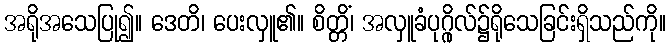
အရိုအသေပြု၍။ ဒေတိ၊ ပေးလှူ၏။ စိတ္တိံ၊ အလှူခံပုဂ္ဂိုလ်၌ရိုသေခြင်းရှိသည်ကို။